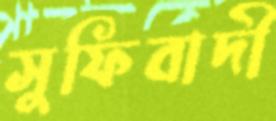
সুফিবাদী